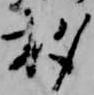
杓